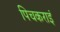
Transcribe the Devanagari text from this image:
पिचकराइं